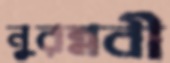
নুরন্নবী